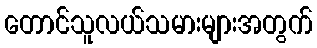
တောင်သူလယ်သမားများအတွက်